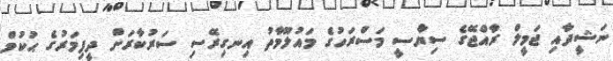
ނަޝީދާއި ޖަމީލް ރާއްޖޭގެ ސިޔާސީ މަސްރަހުގެ މައުލޫމާތު އިނގިރޭސި ސަރުކާރަށް ދީފިމަރުގެ ޙުކުމް